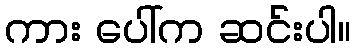
ကား ပေါ်က ဆင်းပါ။